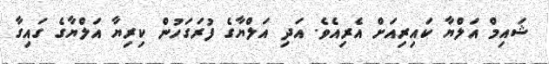
ޝައިމް އަލްޔާ ކައިރިއަށް އެރިއެވެ. އަދި އަލްޔާގެ ފުރަގަހުން ކިރިޔާ އަލްޔާގެ ގައިގާ